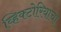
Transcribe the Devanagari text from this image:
व्हिक्टोरियाचा